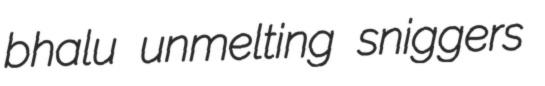
bhalu unmelting sniggers